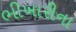
ભીખારીના